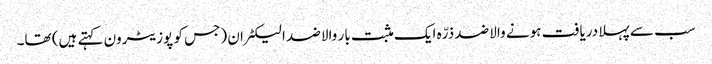
سب سے پہلا دریافت ہونے والا ضد ذرّہ ایک مثبت بار والا ضد الیکٹران (جس کو پوزیٹرون کہتے ہیں) تھا۔